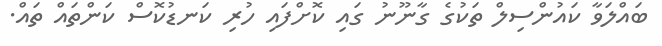
ބައްލަވާ ކައުންސިލް ތަކުގެ ގާނޫނު ގައި ކޮށްފައި ހުރި ކަނޑުކޮސް ކަންތައް ތައް.